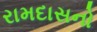
રામદાસનો